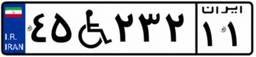
۹۱W۲۵۰۶۳